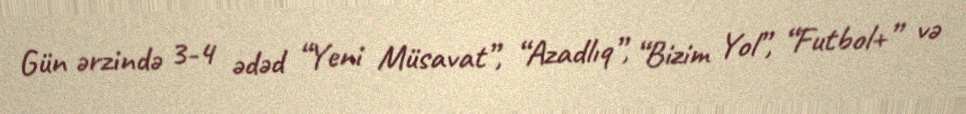
Gün ərzində 3-4 ədəd “Yeni Müsavat”, “Azadlıq”, “Bizim Yol”, “Futbol+” və